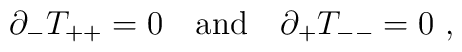
\partial_-T_{++}=0 \quad \mbox{and} \quad \partial_+T_{--}=0\ ,